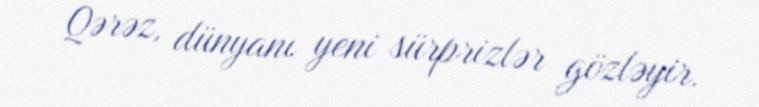
Qərəz, dünyanı yeni sürprizlər gözləyir.